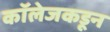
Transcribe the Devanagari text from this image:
कॉलेजकडून